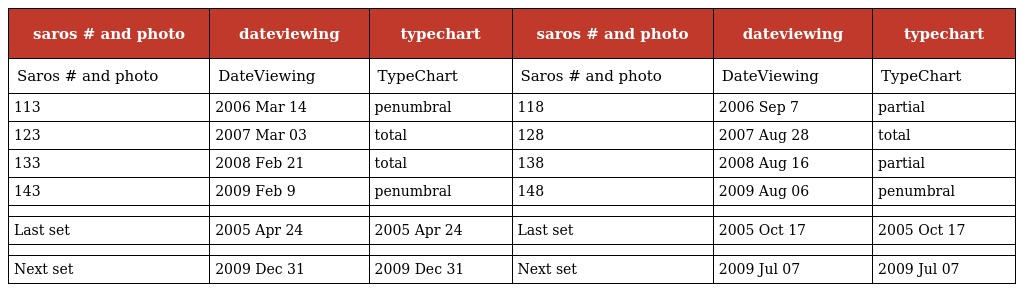
| saros # and photo | dateviewing | typechart | saros # and photo | dateviewing | typechart |
 | --- | --- | --- | --- | --- | --- |
 | Saros # and photo | DateViewing | TypeChart | Saros # and photo | DateViewing | TypeChart |
 | 113 | 2006 Mar 14 | penumbral | 118 | 2006 Sep 7 | partial |
 | 123 | 2007 Mar 03 | total | 128 | 2007 Aug 28 | total |
 | 133 | 2008 Feb 21 | total | 138 | 2008 Aug 16 | partial |
 | 143 | 2009 Feb 9 | penumbral | 148 | 2009 Aug 06 | penumbral |
 |  |  |  |  |  |  |
 | Last set | 2005 Apr 24 | 2005 Apr 24 | Last set | 2005 Oct 17 | 2005 Oct 17 |
 |  |  |  |  |  |  |
 | Next set | 2009 Dec 31 | 2009 Dec 31 | Next set | 2009 Jul 07 | 2009 Jul 07 |